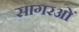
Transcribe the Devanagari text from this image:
सागरओं